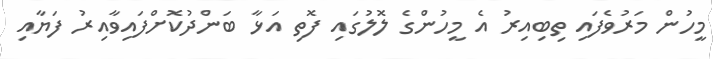
މީހުން މަރުވެފައި ތިބިއިރު އެ މީހުންގެ ލޮލުގައި ފޮތި އަޅާ ބަންދުކޮށްފައިވާއިރު ފަޔާއި